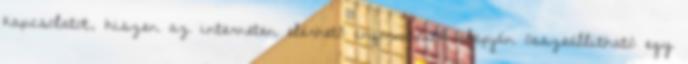
kapcsolatot, hiszen az interneten elérhető információk alapján összeállítható egy